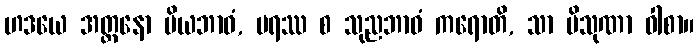
ဟဒယေ အတ္တနော ပိယဘာဝံ, ပရဿ စ သုညဘာဝံ ကရောတိ, သာ ပိသုဏာ ဝါစာ။